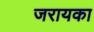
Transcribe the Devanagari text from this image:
जरायका